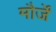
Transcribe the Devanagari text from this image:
मौर्जें